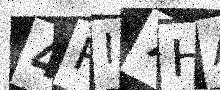
Text: 4PI7HA